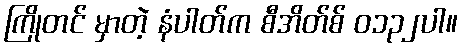
ကြိုတင် မှာတဲ့ နံပါတ်က စီအိတ်စ် ၀၁၃၂ပါ။